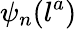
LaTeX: \psi_{n}(l^{a})